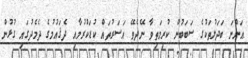
އަންނަ ބަދަލުތަކުގެ ސަބަބުން ކުރިމަތިވާ ނޭދެވޭ އަސަރުތައް ކުޑަކުރުމާއި ދެޤައުމުގެ ދެމެދުގައި ގުޅުން